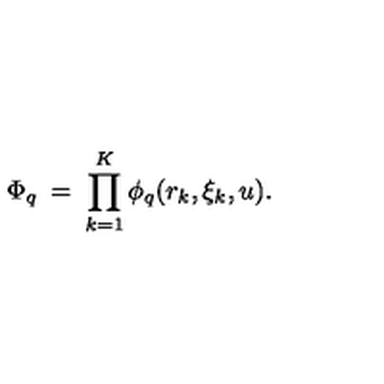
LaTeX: \Phi _ { q } \: = \: \prod _ { k = 1 } ^ { K } \phi _ { q } ( r _ { k } , \xi _ { k } , u ) .